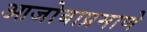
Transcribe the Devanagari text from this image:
आजोबाप्रमाणे